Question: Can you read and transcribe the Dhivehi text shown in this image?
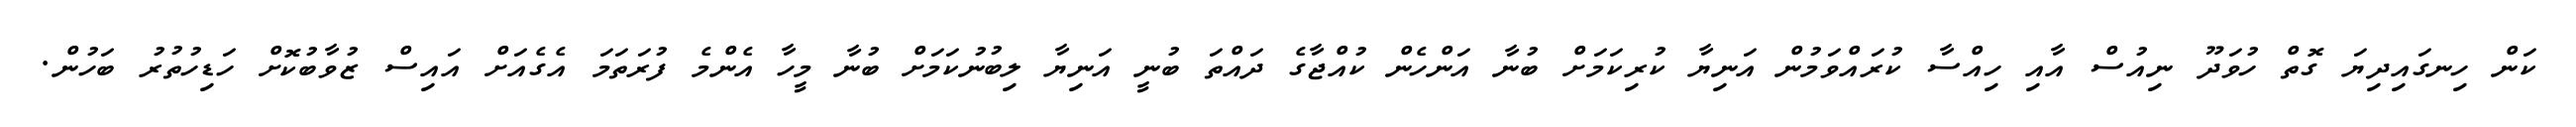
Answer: ކަން ހިނގައިދިޔަ ގޮތް ހުވަދޫ ނިއުސް އާއި ހިއްސާ ކުރައްވަމުން އަނިޔާ ކުރިކަމަށް ބުނާ އަންހެން ކުއްޖާގެ ދައްތަ ބުނީ އަނިޔާ ލިބުނުކަމަށް ބުނާ މީހާ އެންމެ ފުރަތަމަ އެގެއަށް އައިސް ޒުވާބުކޮށް ހަޑިހުތުރު ބަހުން.